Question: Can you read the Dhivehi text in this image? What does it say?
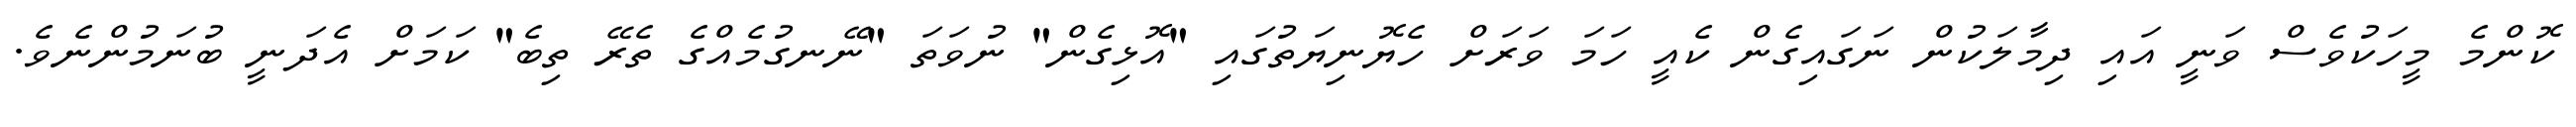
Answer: ކޮންމެ މީހަކުވެސް ވަނީ އައި ދިމާލަކުން ނަގައިގެން ކެއީ ހަމަ ވަރަށް ހެޔޮނިޔަތުގައި "އޮޅިގެން" ނުވަތަ "ނޭނގުމެއްގެ ތެރޭ ތިބެ" ކަމަށް އެދަނީ ބުނަމުންނެވެ.